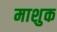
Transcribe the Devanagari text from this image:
माशुक